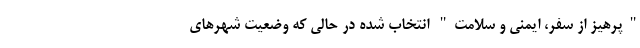
"پرهیز از سفر، ایمنی و سلامت" انتخاب شده در حالی که وضعیت شهرهای